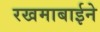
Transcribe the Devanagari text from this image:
रखमाबाईने